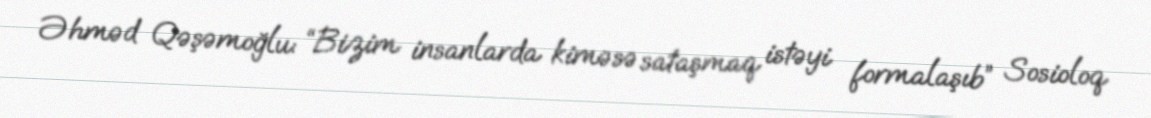
Əhməd Qəşəmoğlu: “Bizim insanlarda kiməsə sataşmaq istəyi formalaşıb” Sosioloq